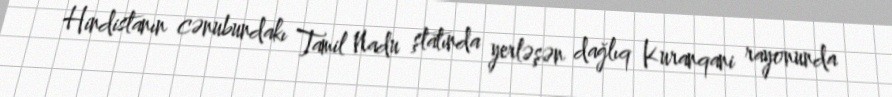
Hindistanın cənubundakı Tamil Nadu ştatında yerləşən dağlıq Kuranqani rayonunda